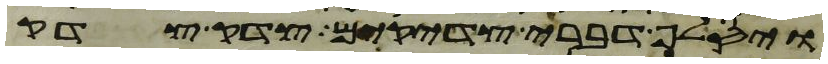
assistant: ויסלף דברי צדקים צדק צדק